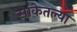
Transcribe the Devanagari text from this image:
सांकेतल्या